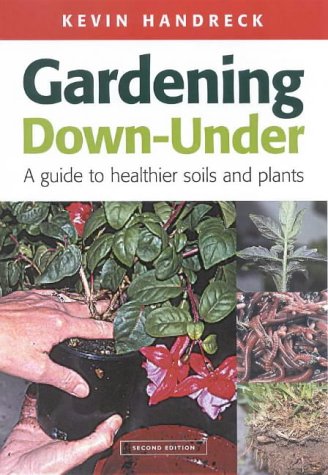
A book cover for Gardening Down-Under: A Guide to Healthier Soils and Plants (Landlinks Press); Kevin Handreck; Crafts, Hobbies & Home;